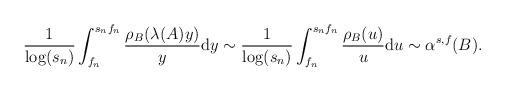
LaTeX: \begin{align*}\begin{aligned}\frac{1}{\log(s_n)} \int_{f_n}^{s_nf_n} \frac{\rho_B(\lambda(A) y)}{y} \mathrm{d}y & \sim \frac{1}{\log(s_n)} \int_{f_n}^{s_nf_n} \frac{\rho_B(u)}{u} \mathrm{d}u \sim \alpha^{s,f}(B).\end{aligned}\end{align*}